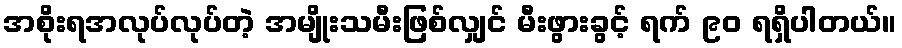
အစိုးရအလုပ်လုပ်တဲ့ အမျိုးသမီးဖြစ်လျှင် မီးဖွားခွင့် ရက် ၉၀ ရရှိပါတယ်။